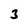
Character: 3